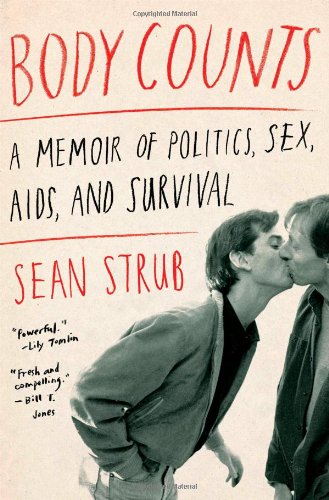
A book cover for Body Counts: A Memoir of Politics, Sex, AIDS, and Survival; Sean Strub; Gay & Lesbian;